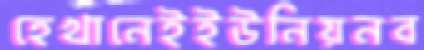
হেখানেইইউনিয়নব